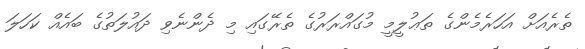
ތެރެއަށް އަހަރެމެންގެ ތަޢުލީމީ މުގައްރަރުގެ ތެރޭގައި މި ދެންނެވި ދައުލަތުގެ ބައެއް ކަހަލަ